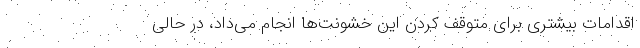
اقدامات بیشتری برای متوقف کردن این خشونت‌ها انجام می‌داد، در حالی